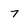
Character: 7